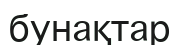
бунақтар